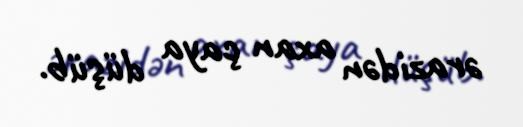
ərazidən axan çaya düşüb.